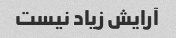
آرایش زیاد نیست